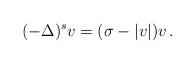
LaTeX: \begin{align*}(-\Delta)^sv=(\sigma-|v|)v\,.\end{align*}